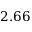
2 . 6 6